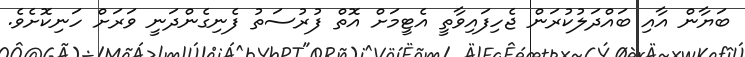
ބަޔާން އާއި ބައްދަލުކުރަން ޖެހިފައިވާތީ އެޓީމަށް އޮތް ފުރުސަތު ފެނިގެންދަނީ ވަރަށް ހަނިކޮށެވެ.